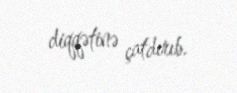
diqqətinə çatdırıb.